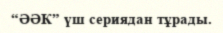
“ӘӘК” үш сериядан тұрады.